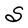
Character: S